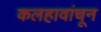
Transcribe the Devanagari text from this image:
कलहावांचून